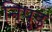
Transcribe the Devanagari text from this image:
निपुड़